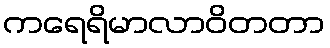
ကရေရိမာလာဝိတတာ